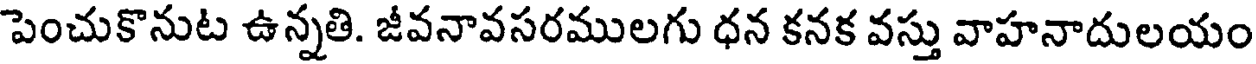
పెంచుకొనుట ఉన్నతి. జీవనావసరములగు ధన కనక వస్తు వాహనాదులయం